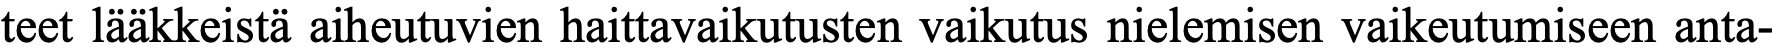
teet lääkkeistä aiheutuvien haittavaikutusten vaikutus nielemisen vaikeutumiseen anta-